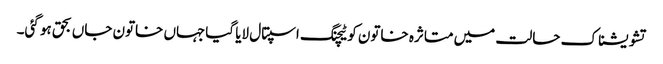
تشویشناک حالت میں متاثرہ خاتون کو ٹیچنگ اسپتال لایا گیاجہاں خاتون جاں بحق ہو گئی۔